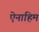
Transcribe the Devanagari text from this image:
ऐनाहिम